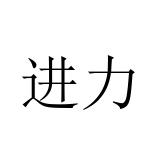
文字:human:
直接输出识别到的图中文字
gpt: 进力